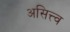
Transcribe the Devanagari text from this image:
असित्त्व